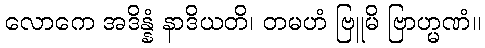
လောကေ အဒိန္နံ နာဒိယတိ၊ တမဟံ ဗြူမိ ဗြာဟ္မဏံ။